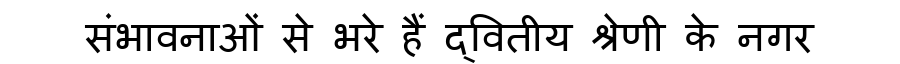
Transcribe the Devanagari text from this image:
संभावनाओं से भरे हैं द्वितीय श्रेणी के नगर